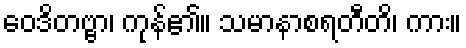
ဝေဒိတဗ္ဗာ၊ ကုန်၏။ သမာနာစရတီတိ၊ ကား။